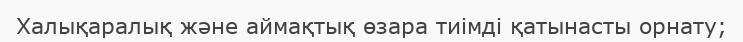
Халықаралық және аймақтық өзара тиімді қатынасты орнату;